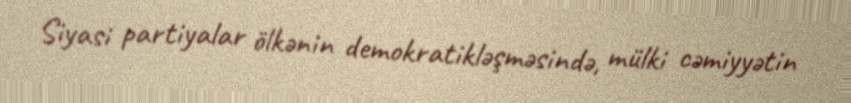
Siyasi partiyalar ölkənin demokratikləşməsində, mülki cəmiyyətin